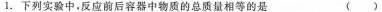
1.下列实验中，反应前后容器中物质的总质量相等的是 ( )